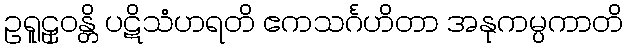
ဥရူဠှဝန္တိ ပဋိသံဟရတိ ဧကသင်္ဂဟိတာ အနုကမ္ပကာတိ